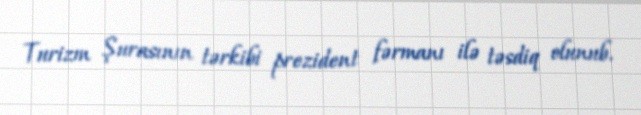
Turizm Şurasının tərkibi prezident fərmanı ilə təsdiq olunub.